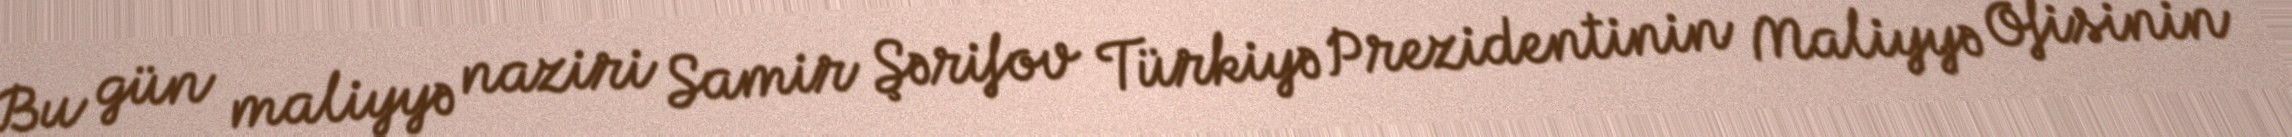
Bu gün maliyyə naziri Samir Şərifov Türkiyə Prezidentinin Maliyyə Ofisinin